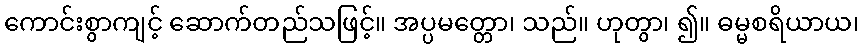
ကောင်းစွာကျင့် ဆောက်တည်သဖြင့်။ အပ္ပမတ္တော၊ သည်။ ဟုတွာ၊ ၍။ ဓမ္မစရိယာယ၊